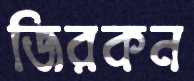
জিরকন